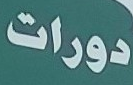
دورات